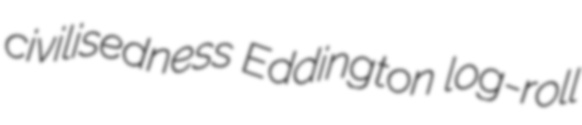
civilisedness Eddington log-roll